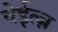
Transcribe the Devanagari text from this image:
वेईत्ज़